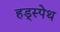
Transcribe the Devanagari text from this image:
हड्स्पेथ